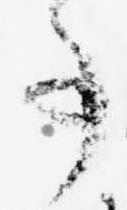
事